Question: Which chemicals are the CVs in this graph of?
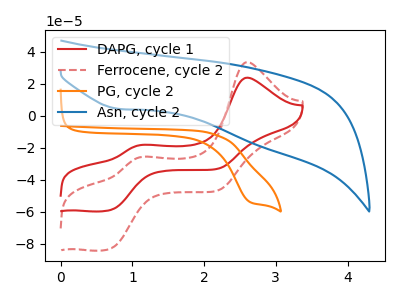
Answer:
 <answer>The red curve is labeled "DAPG, cycle 1". The red dashed curve is labeled "Ferrocene, cycle 2". The orange curve is labeled "PG, cycle 2". The blue curve is labeled "Asn, cycle 2".</answer>
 <eval></eval>